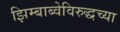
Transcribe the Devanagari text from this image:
झिम्बाब्वेविरुद्धच्या